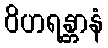
ဝိဟရန္တာနံ